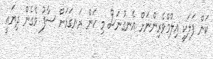
ކަން ފަލަކީ އިލްމްވެރިންނަށް އެނގުނަސް މި ކަން ރަނގަޅަށް ސާފު ވެގެން ދިޔައީ